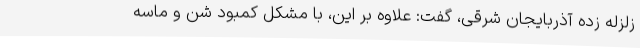
زلزله زده آذربایجان شرقی، گفت: علاوه بر این‌، با مشکل کمبود شن و ماسه